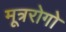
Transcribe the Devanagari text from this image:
मूत्ररोगो